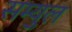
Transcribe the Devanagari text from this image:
सम्युल